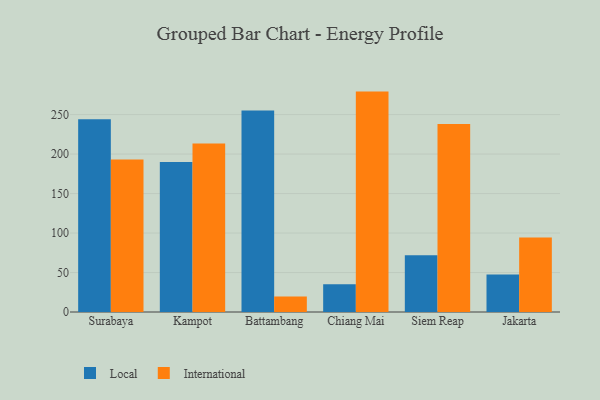
{"axis": {"x": "City", "y": "Market Share (%)"}, "legend": ["International", "Local"], "data": [{"x": "Surabaya", "y": 244.0, "type": "Local"}, {"x": "Surabaya", "y": 193.1, "type": "International"}, {"x": "Kampot", "y": 190.1, "type": "Local"}, {"x": "Kampot", "y": 213.3, "type": "International"}, {"x": "Battambang", "y": 255.1, "type": "Local"}, {"x": "Battambang", "y": 19.5, "type": "International"}, {"x": "Chiang Mai", "y": 35.0, "type": "Local"}, {"x": "Chiang Mai", "y": 279.1, "type": "International"}, {"x": "Siem Reap", "y": 71.9, "type": "Local"}, {"x": "Siem Reap", "y": 238.1, "type": "International"}, {"x": "Jakarta", "y": 47.6, "type": "Local"}, {"x": "Jakarta", "y": 94.4, "type": "International"}]}